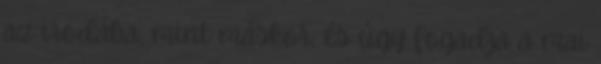
az irodába, mint máskor, és úgy fogadja a mai